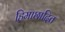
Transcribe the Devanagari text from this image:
हिमाछादित